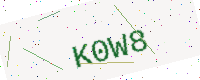
Text: K0W8